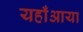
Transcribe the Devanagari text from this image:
यहाँआया